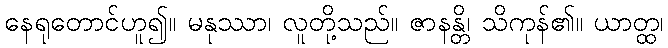
နေရုတောင်ဟူ၍။ မနုဿာ၊ လူတို့သည်။ ဇာနန္တိ၊ သိကုန်၏။ ယာတ္ထ၊